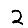
Digit: 2